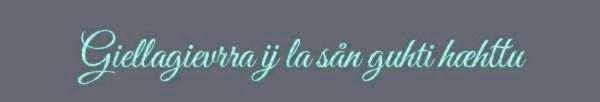
Giellagievrra ij la sån guhti hæhttu